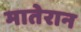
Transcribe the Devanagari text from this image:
मातेरान